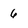
Character: 6